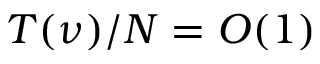
T ( \nu ) / N = { \cal O } ( 1 )